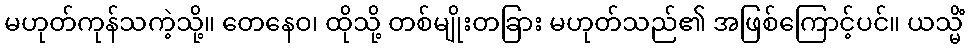
မဟုတ်ကုန်သကဲ့သို့။ တေနေဝ၊ ထိုသို့ တစ်မျိုးတခြား မဟုတ်သည်၏ အဖြစ်ကြောင့်ပင်။ ယသ္မိံ